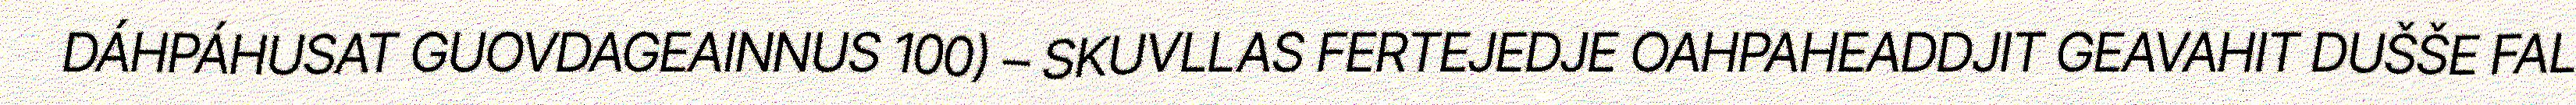
DÁHPÁHUSAT GUOVDAGEAINNUS 100) – SKUVLLAS FERTEJEDJE OAHPAHEADDJIT GEAVAHIT DUŠŠE FAL